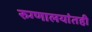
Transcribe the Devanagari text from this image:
रुग्णालयांतही